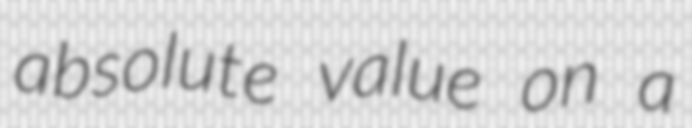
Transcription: absolute value on a